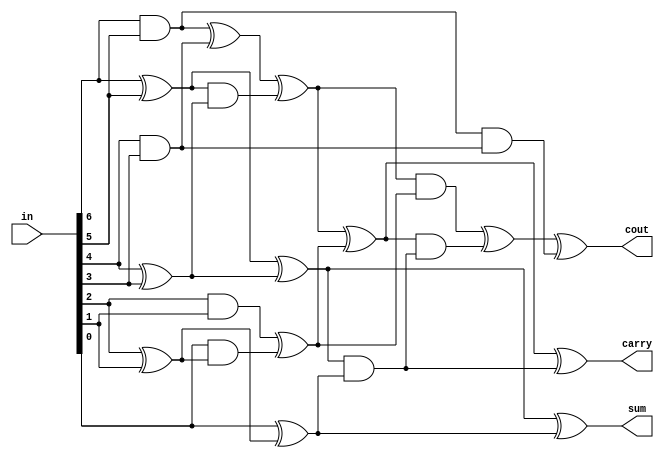
// This program was cloned from: https://github.com/thousrm/universal_NPU-CNN_accelerator
// License: MIT License


module adder_7to3(in, cout, carry, sum);

input [6:0] in;
wire x1, x2, x3, x4, x5, x6, x7;
output cout, carry, sum;

assign {x1, x2, x3, x4, x5, x6, x7} = in;

wire and12, xor12, and34, xor34, and56, xor56;

assign and12 = x1 & x2;
assign xor12 = x1 ^ x2;
assign and34 = x3 & x4;
assign xor34 = x3 ^ x4;
assign and56 = x5 & x6;
assign xor56 = x5 ^ x6;

wire  and4, xor4, and5, xor5, and6, xor6;

assign and4 = and12 & and34;
assign xor4 = and12 ^ and34;
assign and5 = xor12 & xor34;
assign xor5 = xor12 ^ xor34;
assign and6 = x7 & xor56;
assign xor6 = x7 ^ xor56;

wire xor10, xor7;

assign xor10 = xor4 ^ and5;
assign xor7 = and56 ^ and6;

wire and8, xor8, and9, xor9;

assign and8 = xor5 & xor6;
assign xor8 = xor5 ^ xor6;
assign and9 = xor10 & xor7;
assign xor9 = xor10 ^ xor7;


wire xor12_, and11, xor11, xor13;

assign xor12_ = and9 ^ and11;
assign and11 = xor9 & and8;
assign xor11 = xor9 ^ and8;
assign xor13 = xor12_ ^ and4;

assign sum = xor8;
assign carry = xor11;
assign cout = xor13;

endmodule